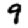
Digit: 9